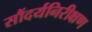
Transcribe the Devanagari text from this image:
सौंदर्यनिरीक्षण